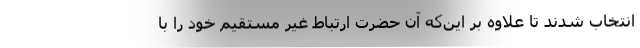
انتخاب شدند تا علاوه بر این‌که آن حضرت ارتباط غیر مستقیم خود را با